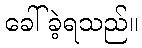
ခေါ်ခဲ့ရသည်။